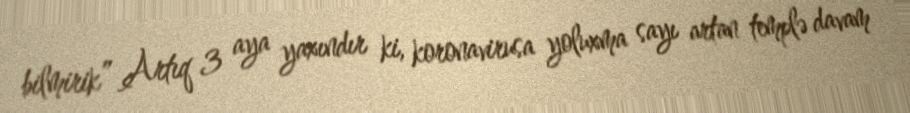
bilmirik” Artıq 3 aya yaxındır ki, koronavirusa yoluxma sayı artan templə davam